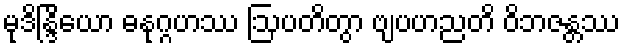
မုဒိန္ဒြိယော ဓနုဂ္ဂဟဿ ဩပတိတွာ ဗျပဟညတိ ဝိဘဇန္တဿ